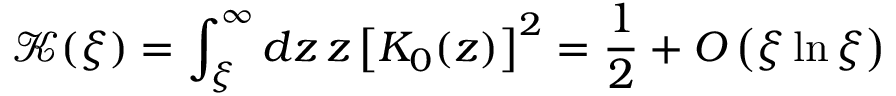
{ \mathcal K } ( \xi ) = \int _ { \xi } ^ { \infty } d z \, z \left[ K _ { 0 } ( z ) \right] ^ { 2 } = \frac { 1 } { 2 } + O \left( \xi \ln \xi \right) \;